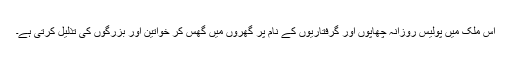
اس ملک میں پولیس روزانہ چھاپوں اور گرفتاریوں کے نام پر گھروں میں گھس کر خواتین اور بزرگوں کی تذلیل کرتی ہے۔